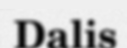
Dalis